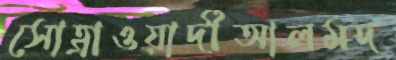
সোহ্রাওয়ার্দীআলমদ